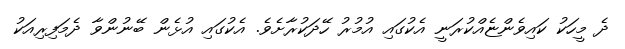
ދެ މީހަކު ކައިވެންޏެއްކުރަނީ އެކުގައި އުމުރު ހޭދަކުރާށެވެ. އެކުގައި އުޅެން ބޭނުންވާ ދެމަފިރިއަކު